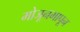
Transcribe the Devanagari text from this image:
मोजूनमापून